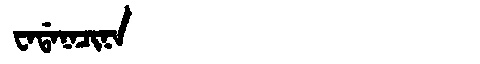
Manchu: ᠸᠠᡩᠠᠨᠠᠴᡳᠨᠠ
Romanization: WADANACINA